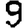
Digit: 9